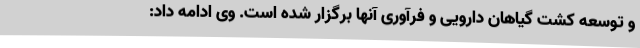
و توسعه کشت گیاهان دارویی و فرآوری آنها برگزار شده است. وی ادامه داد: